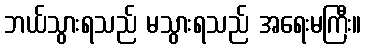
ဘယ်သွားရသည် မသွားရသည် အရေးမကြီး။